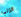
انزلي